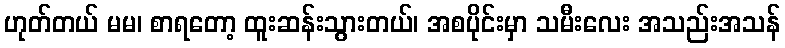
ဟုတ်တယ် မမ၊ စာရတော့ ထူးဆန်းသွားတယ်၊ အစပိုင်းမှာ သမီးလေး အသည်းအသန်